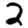
Digit: 2